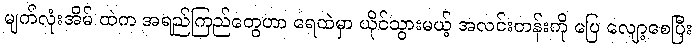
မျက်လုံးအိမ် ထဲက အရည်ကြည်တွေဟာ ရေထဲမှာ ယိုင်သွားမယ့် အလင်းတန်းကို ပြေ လျော့စေပြီး